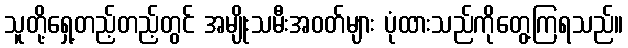
သူတို့ရှေ့တည့်တည့်တွင် အမျိုးသမီးအဝတ်များ ပုံထားသည်ကိုတွေ့ကြရသည်။